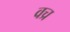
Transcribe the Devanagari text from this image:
वच्र